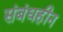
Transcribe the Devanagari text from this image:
संबंधहीन